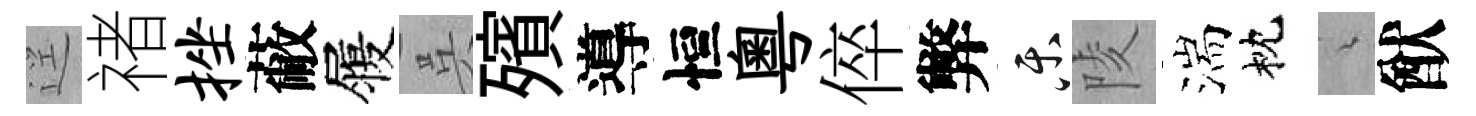
逕禇挫蔽履呉殯導恒粵倅弊乐陵湍枕綿猷